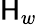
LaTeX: \mathsf{H}_{w}